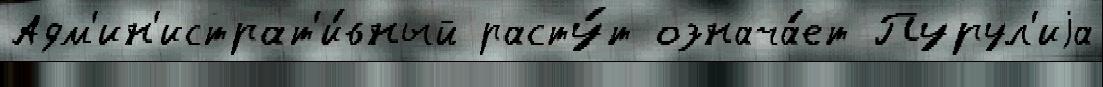
Адм'ин'истрат'и́вный расту́т означа́ет Пурул'иjа